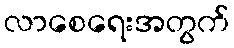
လာစေရေးအတွက်